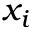
x _ { i }